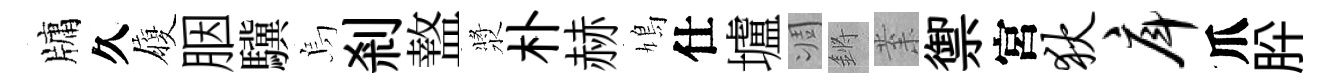
牗久履胭驥烏剎盩漿朴赫鳩仕壚凋鏘𭪙禦宮狄戽爪肸